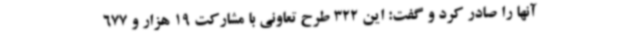
آنها را صادر کرد و گفت: این 322 طرح تعاونی با مشارکت 19 هزار و 677